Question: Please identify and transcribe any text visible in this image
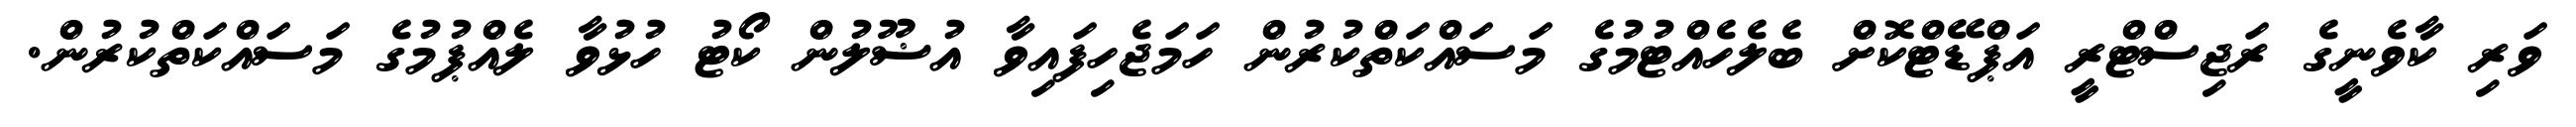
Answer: ވަރި ކާވެނީގެ ރަޖިސްޓްރީ އަޕްޑޭޓްކޮށް ބެލެހެއްޓުމުގެ މަސައްކަތްކުރުން ހަމަޖެހިފައިވާ އުޟޫލުން ކޯޓު ހުޅުވާ ލެއްޕުމުގެ މަސައްކަތްކުރުން.